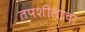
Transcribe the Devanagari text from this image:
तपशीलाचा